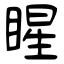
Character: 睲